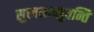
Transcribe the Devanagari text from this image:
सुखमाप्नुवन्ति